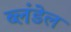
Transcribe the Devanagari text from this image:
ब्लंडेल